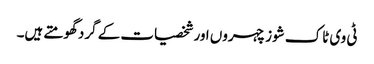
ٹی وی ٹاک شوز چہروں اور شخصیات کے گرد گھومتے ہیں۔